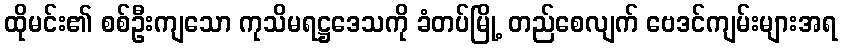
ထိုမင်း၏ စစ်ဦးကျသော ကုသိမရဋ္ဌဒေသကို ခံတပ်မြို့ တည်စေလျက် ဗေဒင်ကျမ်းများအရ